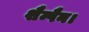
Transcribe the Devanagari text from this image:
शैम्पैन।